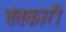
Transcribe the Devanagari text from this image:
तंतकारी